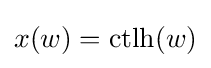
x(w)={\text{ctlh}}(w)